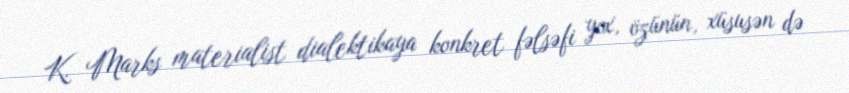
K. Marks materialist dialektikaya konkret fəlsəfi yox, özünün, xüsusən də